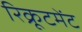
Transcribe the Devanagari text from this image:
रिक्रूटमेंट